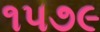
૧૫૭૯